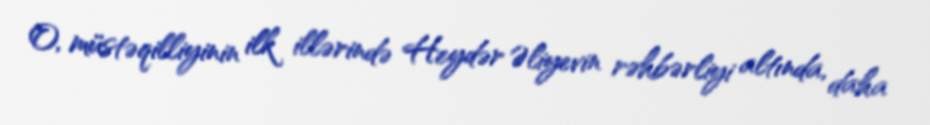
O, müstəqilliyinin ilk illərində Heydər Əliyevin rəhbərliyi altında, daha